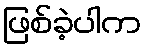
ဖြစ်ခဲ့ပါက